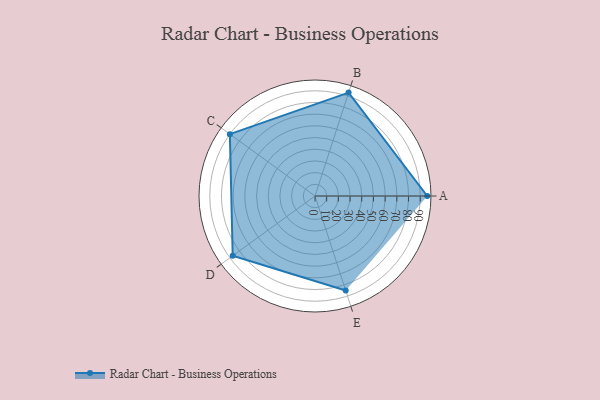
{"axis": {"x": "Skill", "y": "Score"}, "legend": ["Profile"], "data": [{"x": "A", "y": 96.0, "type": "Profile"}, {"x": "B", "y": 93.0, "type": "Profile"}, {"x": "C", "y": 90.0, "type": "Profile"}, {"x": "D", "y": 87.0, "type": "Profile"}, {"x": "E", "y": 85.0, "type": "Profile"}]}